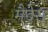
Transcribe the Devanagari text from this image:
मैदेरा